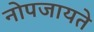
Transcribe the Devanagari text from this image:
नोपजायते